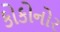
કોકોનોર